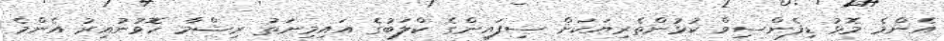
އެންމެ މޮޅު ޑިފެންސިވް ކުޅުންތެރިޔަކަށް ސިފައިންގެ ކްލަބުގެ އައިމިނަތު ރިޝްމާ ހޮވުނުއިރު އެންމެ